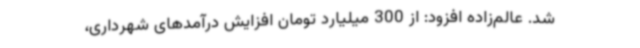
شد. عالم‌زاده افزود: از 300 میلیارد تومان افزایش درآمدهای شهرداری،